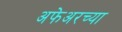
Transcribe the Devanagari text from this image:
अफेअरच्या